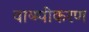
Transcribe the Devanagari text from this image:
वाष्म्पीकरण